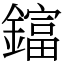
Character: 𨬬